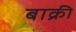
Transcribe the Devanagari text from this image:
बाक्री